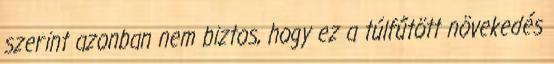
szerint azonban nem biztos, hogy ez a túlfűtött növekedés